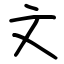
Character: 文